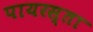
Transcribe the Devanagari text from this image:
पायरस्ता